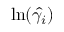
\ln ( \hat { \gamma _ { i } } )